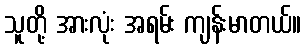
သူတို့ အားလုံး အရမ်း ကျန်းမာတယ်။